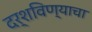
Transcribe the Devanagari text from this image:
दर्शविण्याचा